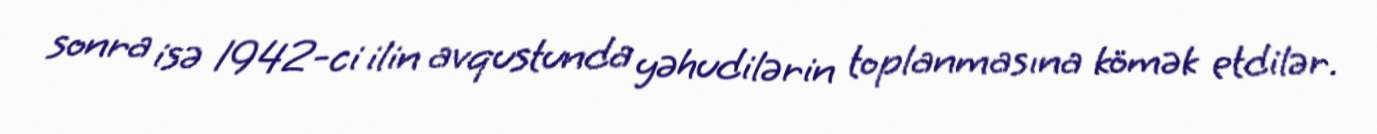
sonra isə 1942-ci ilin avqustunda yəhudilərin toplanmasına kömək etdilər.